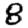
Digit: 8